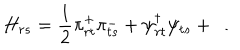
H _ { r s } = \frac { 1 } { 2 } \pi _ { r t } ^ { + } \pi _ { t s } ^ { - } + \psi _ { r t } ^ { \dagger } \psi _ { t s } + \ldots